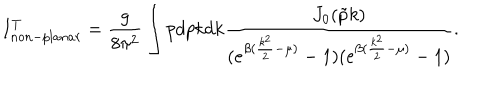
I _ { n o n - p l a n a r } ^ { T } = \frac { g } { 8 \pi ^ { 2 } } \int p d p k d k \frac { J _ { 0 } ( \tilde { p } k ) } { ( e ^ { \beta ( \frac { k ^ { 2 } } { 2 } - \mu ) } - 1 ) ( e ^ { \beta ( \frac { k ^ { 2 } } { 2 } - \mu ) } - 1 ) } .